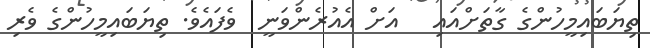
ތިޔަބައިމީހުންގެ ގާތަށްއައި   އަށް އެއުރެންވަނީ  ވެފައެވެ. ތިޔަބައިމީހުންގެ ވެރި